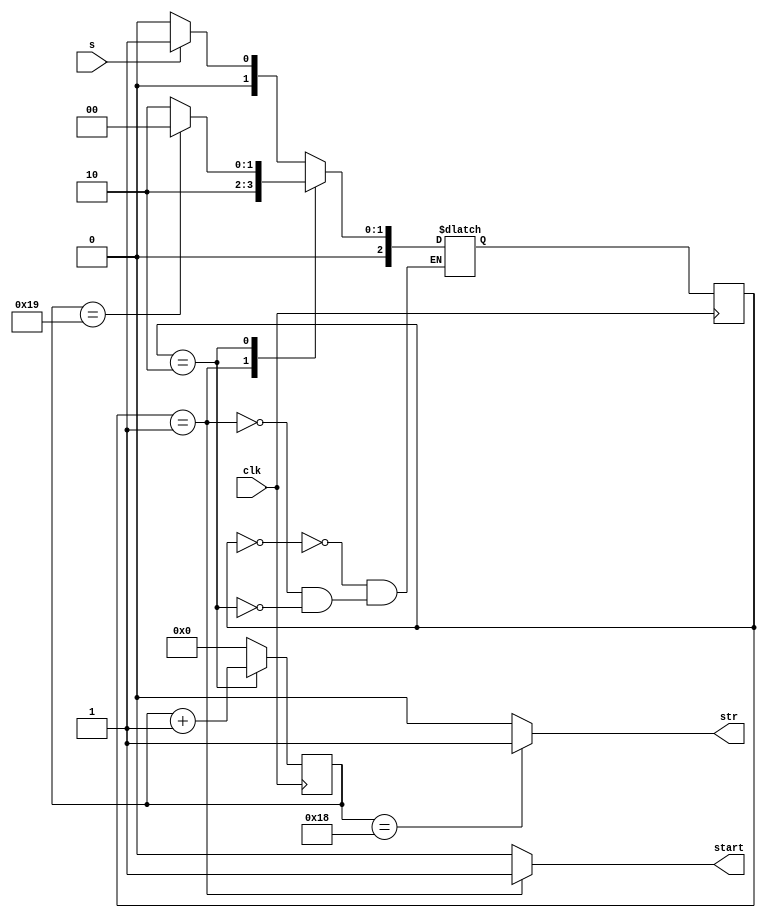
module ctrl(s,clk,start,str);
input s,clk;
output start,str;
reg[4:0] count;
reg [2:0]state,nstate;

always@(posedge clk)
state<=nstate;

always@(state)
case(state)
2'd0:nstate=(s)?2'd1:2'd0;
2'd1:nstate=2'd2;
2'd2:nstate=(count==5'd25)?2'd0:2'd2;
endcase

always@(posedge clk)
begin
if(state==2'd2)
count=count+1;
else
count=5'd0;
end

assign start=(state==2'd1)?1'd1:1'd0;
assign str=(count==5'd24)?1'd1:1'd0;

endmodule